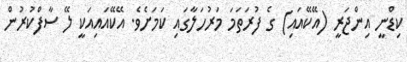
ކިޑްނީ އިންޖަރީ (އޭކޭއައި) ގެ ފުރަތަމަ މަރުހަލާގައި ކަމަށެވެ. އޭކޭއައިއަކީ ލޭ ސާފްކުރުން